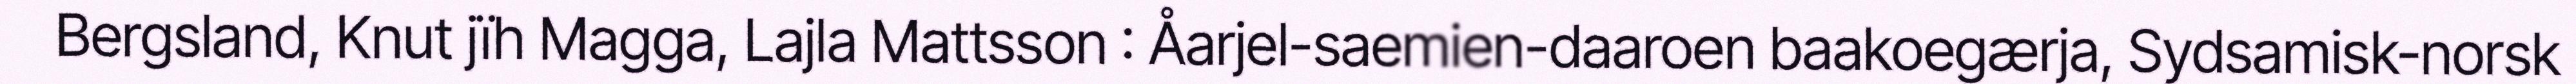
Bergsland, Knut jïh Magga, Lajla Mattsson : Åarjel-saemien-daaroen baakoegærja, Sydsamisk-norsk